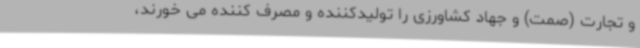
و تجارت (صمت) و جهاد کشاورزی را تولیدکننده و مصرف کننده می خورند،